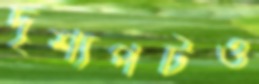
দৃশ্যপটও